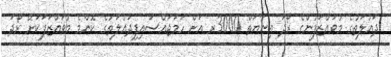
ދައުލަތުގެ މުވައްޒަފުންގެ ރޯދަ އިނާޔަތް 3000ރ އަށް ހަމަޖައްސައިފިދައުލަތުގެ ކޮންމެ މުވައްޒަފަކަށް ރޯދަ